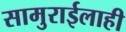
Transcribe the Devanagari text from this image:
सामुराईलाही